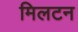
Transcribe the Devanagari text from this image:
मिलटन